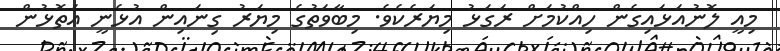
މިއީ ލޮނުއަޅައިގެން ހިއްކުމަށް ރަަގަޅު މިޔަރެކެވެ. މިބާވަތުގެ މިޔަރު ގިނައިން އުޅެނީ އަތޮޅުން